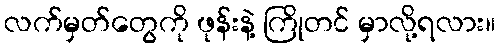
လက်မှတ်တွေကို ဖုန်းနဲ့ ကြိုတင် မှာလို့ရလား။